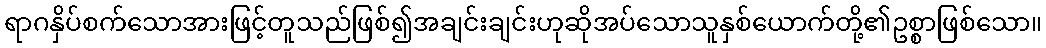
ရာဂနှိပ်စက်သောအားဖြင့်တူသည်ဖြစ်၍အချင်းချင်းဟုဆိုအပ်သောသူနှစ်ယောက်တို့၏ဥစ္စာဖြစ်သော။